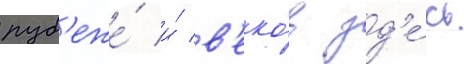
руб'еже́ и́ в'еко́в зд'е́сь